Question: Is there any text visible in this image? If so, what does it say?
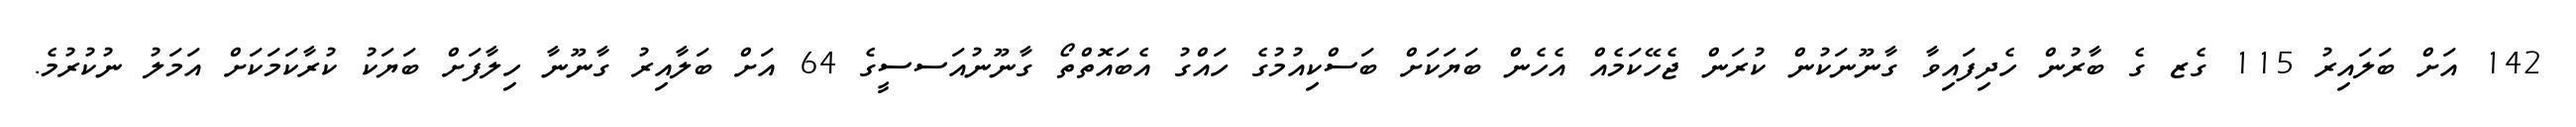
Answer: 142 އަށް ބަލައިރު 115 ގެޒ ގެ ބާރުން ހެދިފައިވާ ގާނޫނަކުން ކުރަން ޖެހޭކަމެއް އެހެން ބަޔަކަށް ބަސްކިއުމުގެ ހައްގު އެބައޮތްތޯ ގާނޫނުއަސސީގެ 64 އަށް ބަލާއިރު ގާނޫނާ ހިލާފަށް ބަޔަކު ކުރާކަމަކަށް އަމަލު ނުކުރުމެ.